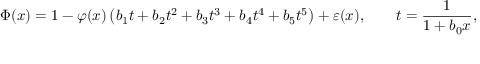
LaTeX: \Phi ( x ) = 1 - \varphi ( x ) \left( b _ { 1 } t + b _ { 2 } t ^ { 2 } + b _ { 3 } t ^ { 3 } + b _ { 4 } t ^ { 4 } + b _ { 5 } t ^ { 5 } \right) + \varepsilon ( x ) , \qquad t = { \frac { 1 } { 1 + b _ { 0 } x } } ,